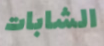
الشابات